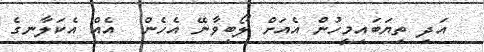
އަދި ތިޔަބައިމީހުން އެއަށް ލޯބިވާނޭ އެހެން  އެއް އެކަލާނގެ